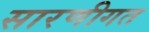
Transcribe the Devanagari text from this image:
सारणीगत